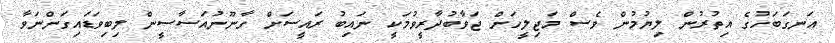
އަނގަބަހުގެ އިތުރުން ލިޔުމުން ވެސް މަޖިލީހަށް ޖަވާބުދާރީވުމަކީ ނައިބު ރައީސަށް ގާނޫނުއަސާސީން ލިބިވަޑައިގަންނަވާ